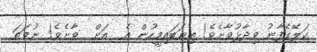
ކަލޭގެފާނު ވިދާޅުވާށެވެ! ތިޔަބައިމީހުން އެ  އަށް  ވާށެވެ! ނުވަތަ